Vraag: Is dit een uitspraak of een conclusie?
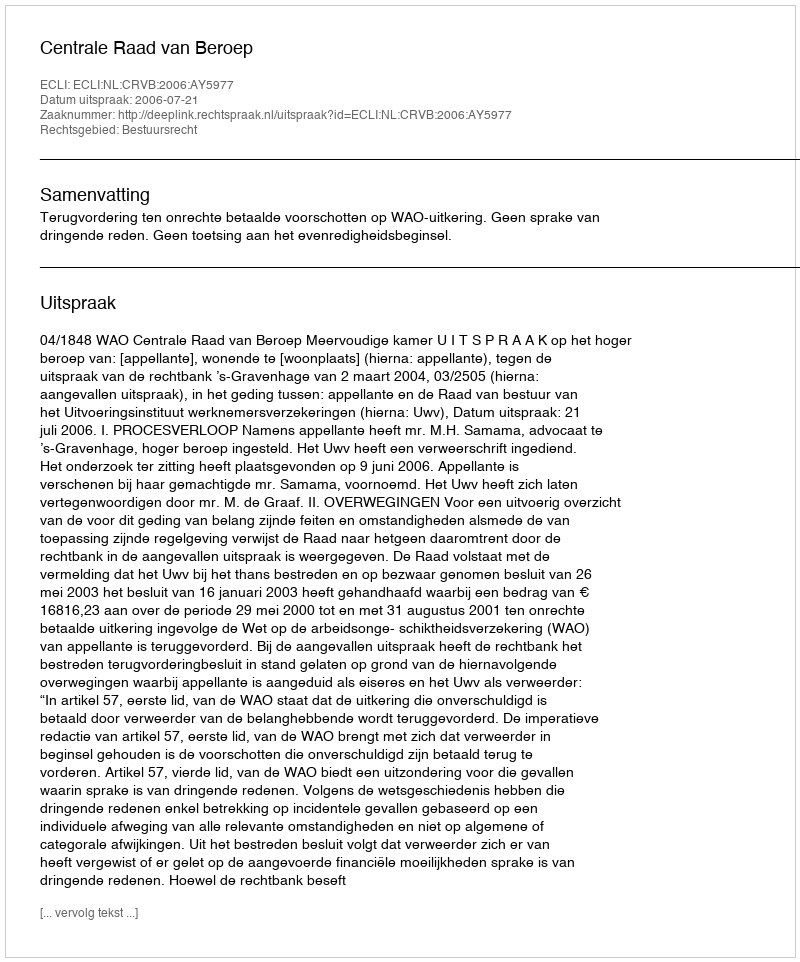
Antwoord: Uitspraak